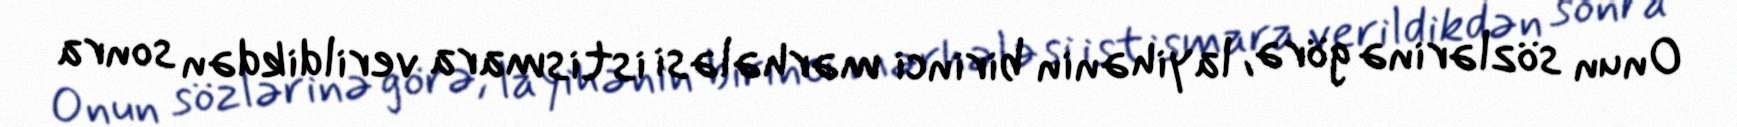
Onun sözlərinə görə, layihənin birinci mərhələsi istismara verildikdən sonra